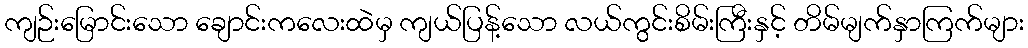
ကျဉ်းမြောင်းသော ချောင်းကလေးထဲမှ ကျယ်ပြန့်သော လယ်ကွင်းစိမ်းကြီးနှင့် တိမ်မျက်နှာကြက်များ